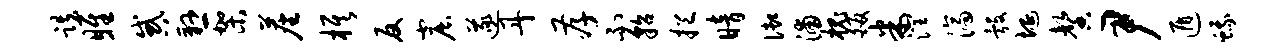
跌雎惑悬架尘旗反窟遂丹孝不貂挹暗御浦槐皈米润济彀埏馨尹遁蛾